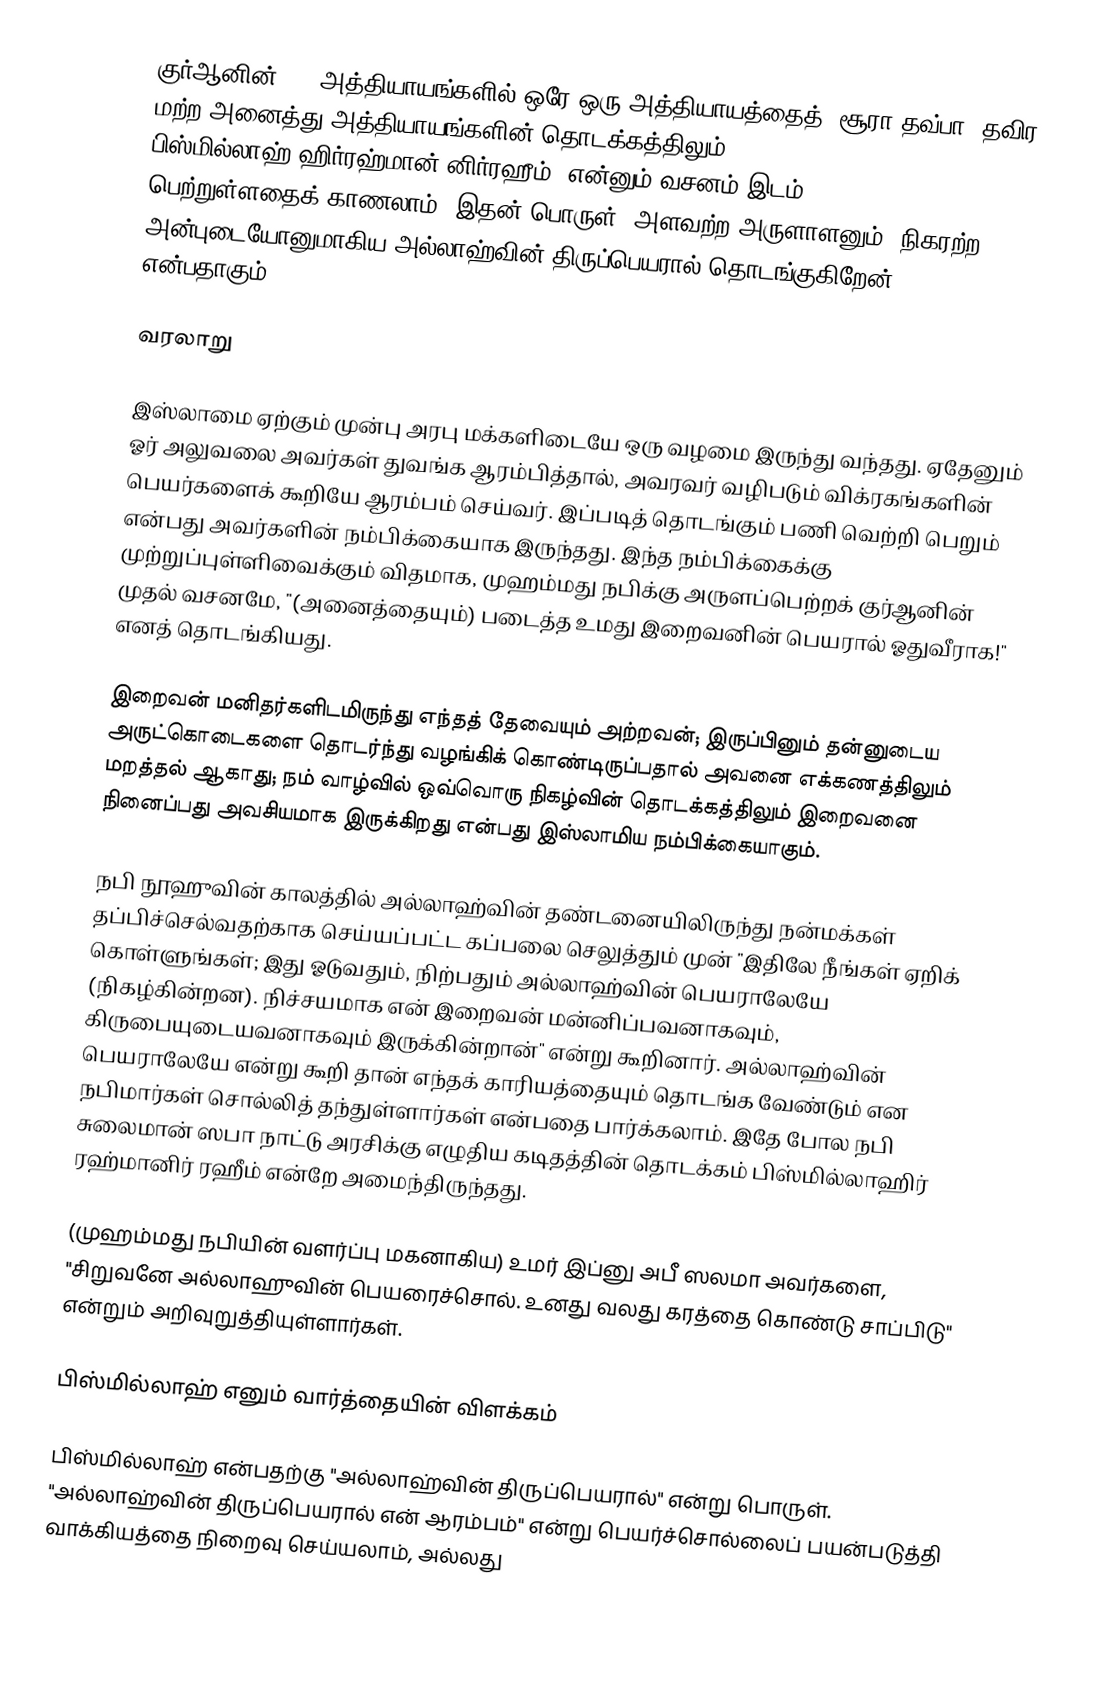
குர்ஆனின் 114 அத்தியாயங்களில் ஒரே ஒரு அத்தியாயத்தைத் (சூரா தவ்பா) தவிர மற்ற அனைத்து அத்தியாயங்களின் தொடக்கத்திலும் بِسْمِ اللَّهِ الرَّحْمَٰنِ الرَّحِيمِ   '   பிஸ்மில்லாஹ் ஹிர்ரஹ்மான் னிர்ரஹீம்"  என்னும் வசனம் இடம் பெற்றுள்ளதைக் காணலாம். இதன் பொருள் "அளவற்ற அருளாளனும், நிகரற்ற அன்புடையோனுமாகிய அல்லாஹ்வின் திருப்பெயரால் தொடங்குகிறேன்" என்பதாகும்.

வரலாறு

இஸ்லாமை ஏற்கும் முன்பு அரபு மக்களிடையே ஒரு வழமை இருந்து வந்தது. ஏதேனும் ஓர் அலுவலை அவர்கள் துவங்க ஆரம்பித்தால், அவரவர் வழிபடும் விக்ரகங்களின் பெயர்களைக் கூறியே ஆரம்பம் செய்வர். இப்படித் தொடங்கும் பணி வெற்றி பெறும் என்பது அவர்களின் நம்பிக்கையாக இருந்தது. இந்த நம்பிக்கைக்கு முற்றுப்புள்ளிவைக்கும் விதமாக, முஹம்மது நபிக்கு அருளப்பெற்றக் குர்ஆனின் முதல் வசனமே, "(அனைத்தையும்) படைத்த உமது இறைவனின் பெயரால் ஓதுவீராக!" எனத் தொடங்கியது.

இறைவன்  மனிதர்களிடமிருந்து எந்தத் தேவையும் அற்றவன்; இருப்பினும் தன்னுடைய அருட்கொடைகளை தொடர்ந்து வழங்கிக் கொண்டிருப்பதால் அவனை எக்கணத்திலும் மறத்தல் ஆகாது; நம் வாழ்வில் ஒவ்வொரு நிகழ்வின் தொடக்கத்திலும் இறைவனை நினைப்பது அவசியமாக இருக்கிறது என்பது இஸ்லாமிய நம்பிக்கையாகும்.

நபி நூஹுவின் காலத்தில் அல்லாஹ்வின் தண்டனையிலிருந்து நன்மக்கள் தப்பிச்செல்வதற்காக செய்யப்பட்ட கப்பலை செலுத்தும் முன் "இதிலே நீங்கள் ஏறிக் கொள்ளுங்கள்; இது ஓடுவதும், நிற்பதும் அல்லாஹ்வின் பெயராலேயே (நிகழ்கின்றன). நிச்சயமாக என் இறைவன் மன்னிப்பவனாகவும், கிருபையுடையவனாகவும் இருக்கின்றான்" என்று கூறினார். அல்லாஹ்வின் பெயராலேயே என்று கூறி தான் எந்தக் காரியத்தையும் தொடங்க வேண்டும் என நபிமார்கள் சொல்லித் தந்துள்ளார்கள் என்பதை பார்க்கலாம். இதே போல நபி சுலைமான் ஸபா நாட்டு அரசிக்கு எழுதிய கடிதத்தின் தொடக்கம் பிஸ்மில்லாஹிர் ரஹ்மானிர் ரஹீம் என்றே அமைந்திருந்தது.

(முஹம்மது நபியின் வளர்ப்பு மகனாகிய) உமர் இப்னு அபீ ஸலமா அவர்களை, "சிறுவனே அல்லாஹுவின் பெயரைச்சொல். உனது வலது கரத்தை கொண்டு சாப்பிடு" என்றும் அறிவுறுத்தியுள்ளார்கள்.

பிஸ்மில்லாஹ் எனும் வார்த்தையின் விளக்கம்

பிஸ்மில்லாஹ் என்பதற்கு "அல்லாஹ்வின் திருப்பெயரால்" என்று பொருள். "அல்லாஹ்வின் திருப்பெயரால் என் ஆரம்பம்" என்று பெயர்ச்சொல்லைப் பயன்படுத்தி வாக்கியத்தை நிறைவு செய்யலாம், அல்லது